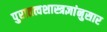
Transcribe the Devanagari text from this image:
पुरातत्वशास्त्रज्ञांनुसार